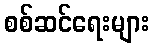
စစ်ဆင်ရေးများ